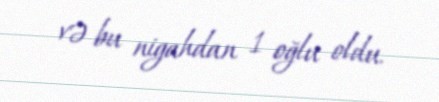
və bu nigahdan 1 oğlu oldu.